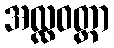
အလ္လဝတ္ထာ